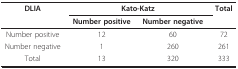
| DLIA | <COLSPAN=2> Kato-Katz | Total |
 |  | Number positive | Number negative |  |
 | --- | --- | --- | --- |
 | Number positive | 12 | 60 | 72 |
 | Number negative | 1 | 260 | 261 |
 | Total | 13 | 320 | 333 |